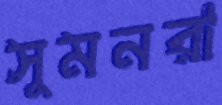
সুমনরা